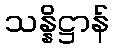
သန္နိဋ္ဌာန်